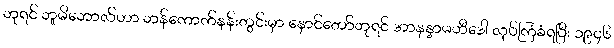
ဘုရင် ဘူမိဘောလ်ဟာ ဘန်ကောက်နန်းတွင်းမှာ နောင်တော်ဘုရင် အာနန္ဒာမဟီဒေါ လုပ်ကြံခံရပြီး ၁၉၄၆